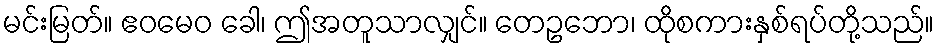
မင်းမြတ်။ ဧဝမေဝ ခေါ၊ ဤအတူသာလျှင်။ တေဥဘော၊ ထိုစကားနှစ်ရပ်တို့သည်။